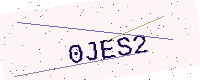
Text: 0JES2